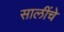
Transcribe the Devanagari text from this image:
सालींचे